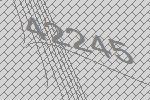
42245